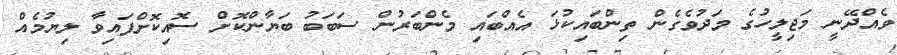
ވެއްދޭނީ މަޖިލީހުގެ މަދުވެގެން ތިންބައިކުޅަ އެއްބައި މެންބަރުން ސަބަބު ބަޔާންކޮށް ސޮއިކޮށްފައިވާ ލިޔުމެއް